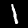
Label: 1